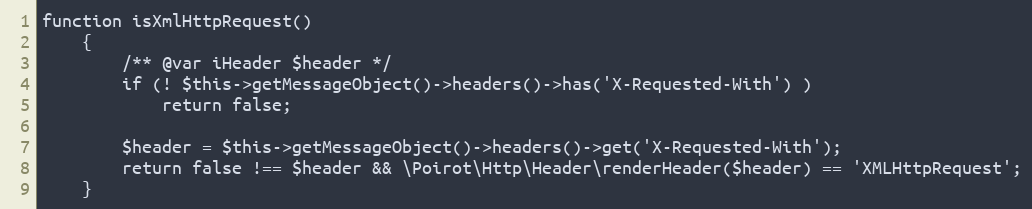
Language: PHP
function isXmlHttpRequest()
    {
        /** @var iHeader $header */
        if (! $this->getMessageObject()->headers()->has('X-Requested-With') )
            return false;

        $header = $this->getMessageObject()->headers()->get('X-Requested-With');
        return false !== $header && \Poirot\Http\Header\renderHeader($header) == 'XMLHttpRequest';
    }